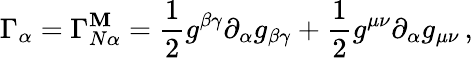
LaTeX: \Gamma_{\alpha}=\Gamma_{N\alpha}^{\mathbf{M}}=\frac{{1}}{{2}}g^{\beta\gamma}\partial_{\alpha}g_{\beta\gamma}+\frac{{1}}{{2}}g^{\mu\nu}\partial_{\alpha}g_{\mu\nu}\, ,